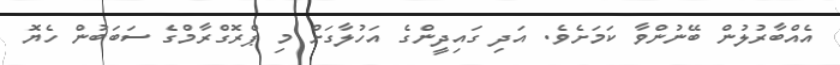
އެއްބާރުލުން ބޭނުންވާ ކަމަށެވެ. އަދި ގައިދީންގެ އަހުލާގަށް މި ޕްރޮގްރާމްގެ ސަބަބުން ހެޔޮ